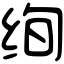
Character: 绚